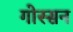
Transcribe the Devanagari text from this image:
गोस्सन